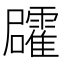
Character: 𮦻